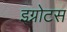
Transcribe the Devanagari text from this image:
इग्नोटस